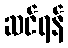
ဆင်ရန်